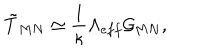
\tilde { T } _ { M N } \simeq \frac { 1 } { \kappa } \Lambda _ { e f f } \mathcal { G } _ { M N } ,